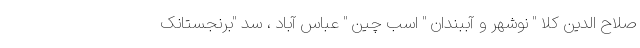
صلاح الدین کلا " نوشهر و آببندان " اسب چین " عباس آباد ، سد "برنجستانک